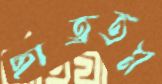
ছাত্রতম